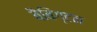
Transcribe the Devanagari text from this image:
बैबिंग्टन